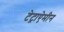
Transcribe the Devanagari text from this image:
टेट्राऐमीन